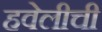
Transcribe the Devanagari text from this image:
हवेलीची